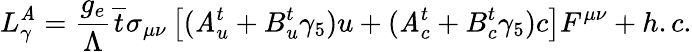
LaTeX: L_{\gamma}^{\mathit{A}}=\frac{{g_{e}}}{{\Lambda}}\overline{{{{t}}}}\sigma_{\mu\nu}\left[(\mathit{A}_{u}^{t}+B_{u}^{t}\gamma_{5})u+(\mathit{A}_{c}^{t}+B_{c}^{t}\gamma_{5})c\right]F^{\mu\nu}+h.c.